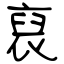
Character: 裒